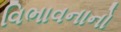
વિભાવનાનો